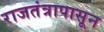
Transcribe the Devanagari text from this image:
राजतंत्रापासून